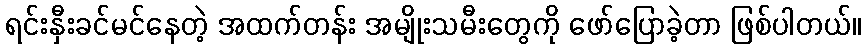
ရင်းနှီးခင်မင်နေတဲ့ အထက်တန်း အမျိုးသမီးတွေကို ဖော်ပြောခဲ့တာ ဖြစ်ပါတယ်။